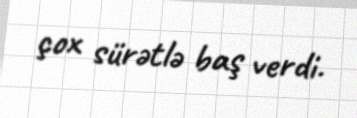
çox sürətlə baş verdi.